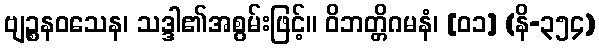
ဗျဉ္စနဝသေန၊ သဒ္ဒါ၏အစွမ်းဖြင့်။ ဝိဘတ္တိဂမနံ၊ [၀၁] (နိ-၃၅၄)